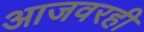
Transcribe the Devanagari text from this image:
आजवरही